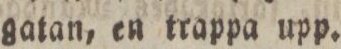
gatan, en trappa upp.